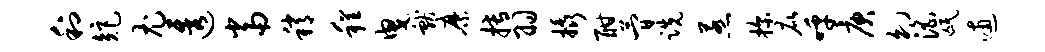
利矩尤透当稍程曳献縻搏羽橇酣简跣惹探庇呼庚幻淫氓逋